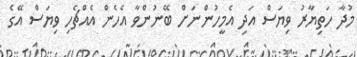
މުދާ ހަތިޔާރު ވިޔަސް އަދި އެމީހުންނަށް ބޭނުންވާ އެހެން އެއްޗެހި ވިޔަސް އޭގެ